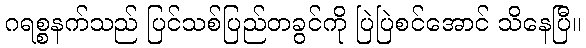
ဂရစ္စနက်သည် ပြင်သစ်ပြည်တခွင်ကို ပြဲပြဲစင်အောင် သိနေပြီ။